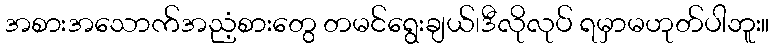
အစားအသောက်အညံ့စားတွေ တမင်ရွေးချယ်၊ဒီလိုလုပ် ရမှာမဟုတ်ပါဘူး။